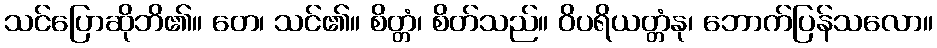
သင်ပြောဆိုဘိ၏။ တေ၊ သင်၏။ စိတ္တံ၊ စိတ်သည်။ ဝိပရိယတ္တံနု၊ ဘောက်ပြန်သလော။